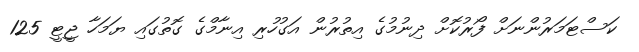
ކަސްޓަމަރުންނަށް ފޯރުކޮށް ދިނުމުގެ އިތުރުން އަގުހުރި އިނާމްގެ ގޮތުގައި ޔަމަހާ ޖީޓީ 125